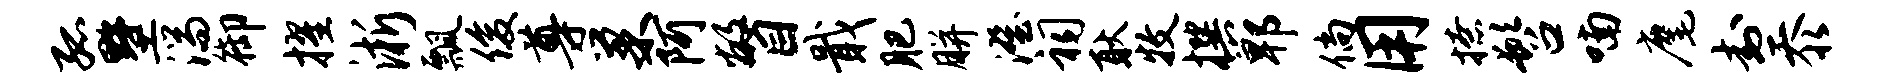
孤墅湍御擢淅瓢俊尊巢阿瞥戢肥胼澄祠耿牧撰郫倘用撩髫喃麾封忝